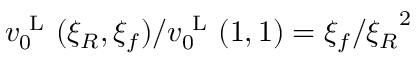
v _ { 0 } ^ { \mathrm { ~ L ~ } } ( \xi _ { R } , \xi _ { f } ) / v _ { 0 } ^ { \mathrm { ~ L ~ } } ( 1 , 1 ) = \xi _ { f } / { \xi _ { R } } ^ { 2 }